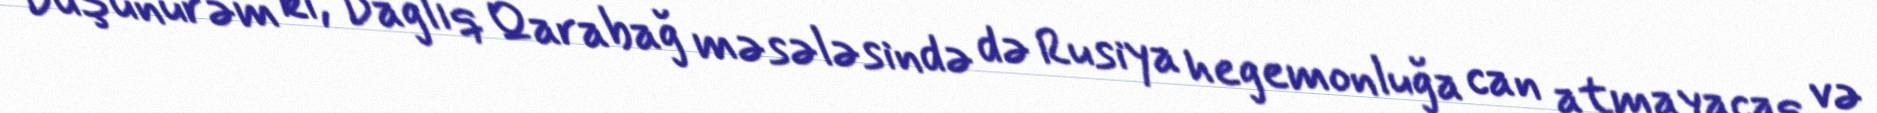
Düşünürəm ki, Dağlıq Qarabağ məsələsində də Rusiya hegemonluğa can atmayacaq və